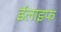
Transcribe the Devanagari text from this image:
ईलाइफ